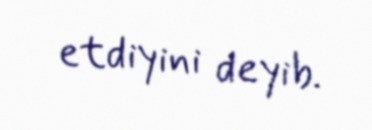
etdiyini deyib.